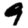
Digit: 9